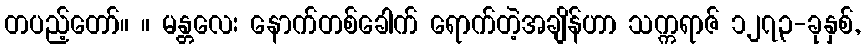
တပည့်တော်။ ။ မန္တလေး နောက်တစ်ခေါက် ရောက်တဲ့အချိန်ဟာ သက္ကရာဇ် ၁၂၇၃-ခုနှစ်,